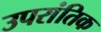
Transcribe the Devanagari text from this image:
उपरांतिक